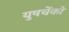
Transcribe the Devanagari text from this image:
युषचेंको